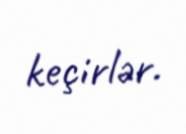
keçirlər.